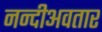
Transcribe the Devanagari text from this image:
नन्दीअवतार